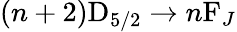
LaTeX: (n+2)\mathrm{D}_{5/2}\rightarrow n\mathrm{F}_{J}